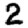
Digit: 2